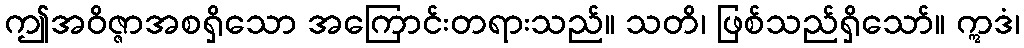
ဤအဝိဇ္ဇာအစရှိသော အကြောင်းတရားသည်။ သတိ၊ ဖြစ်သည်ရှိသော်။ ဣဒံ၊